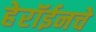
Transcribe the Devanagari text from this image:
हेरॉईनचे